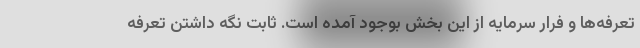
تعرفه‌ها و فرار سرمایه از این بخش بوجود آمده است. ثابت نگه داشتن تعرفه